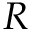
R